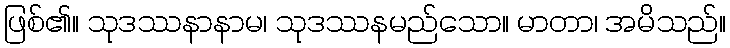
ဖြစ်၏။ သုဒဿနာနာမ၊ သုဒဿနမည်သော။ မာတာ၊ အမိသည်။